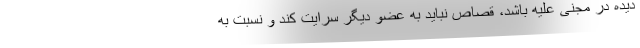
دیده در مجنی علیه باشد، قصاص نباید به عضو دیگر سرایت کند و نسبت به